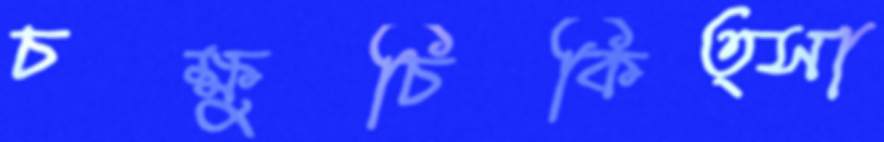
চক্ষুচিকিত্সা